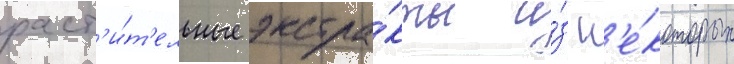
раст'и́т'ельные экстра́кты и́з н'е́которых